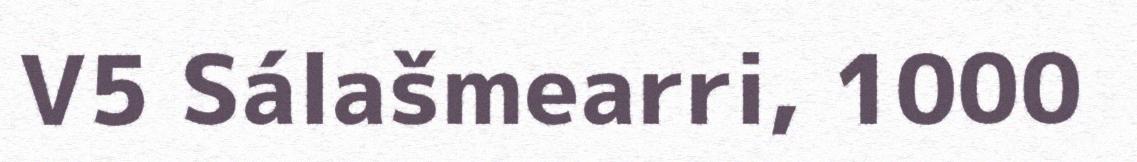
V5 Sálašmearri, 1000